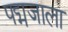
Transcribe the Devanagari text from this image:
पद्मजाला